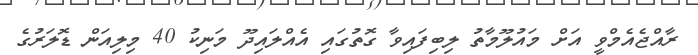
ރާއްޖެއެމްވީ އަށް މައުލޫމާތު ލިބިފައިވާ ގޮތުގައި އެއްލައިދޫ މަނިކު 40 މިލިއަން ޑޮލަރުގެ